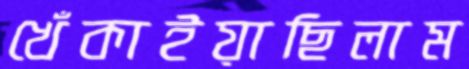
খেঁকাইয়াছিলাম